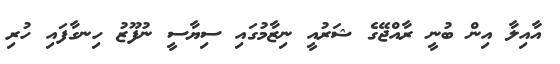
އާއިލާ އިން ބުނީ ރާއްޖޭގެ ޝަރުއީ ނިޒާމުގައި ސިޔާސީ ނުފޫޒު ހިނގާފައި ހުރި